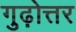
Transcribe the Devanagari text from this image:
गुढ़ोत्तर